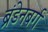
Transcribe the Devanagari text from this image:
ब्रंडेनबर्ग